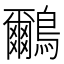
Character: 鸍